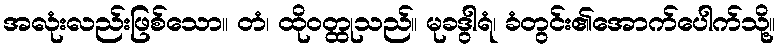
အလုံးလည်းဖြစ်သော။ တံ၊ ထိုဝတ္ထုသည်။ မုခဒွါရံ၊ ခံတွင်း၏အောက်ပေါက်သို့။